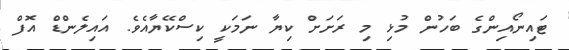
ޓައިނޯއިންގެ ބަހުން މުޅި މި ރަށަށް ކިޔާ ނަމަކީ ކިސްކޭޔާއެވެ. އައިލެންޑް އޮފް